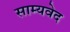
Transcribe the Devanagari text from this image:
साम्‍यवेद